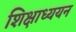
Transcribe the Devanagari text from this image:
शिक्षाध्ययन